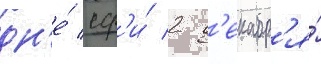
дн'е́ сф'и́ 2 д'екабр'я́